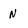
Character: N